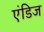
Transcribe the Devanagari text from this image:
एंडिज